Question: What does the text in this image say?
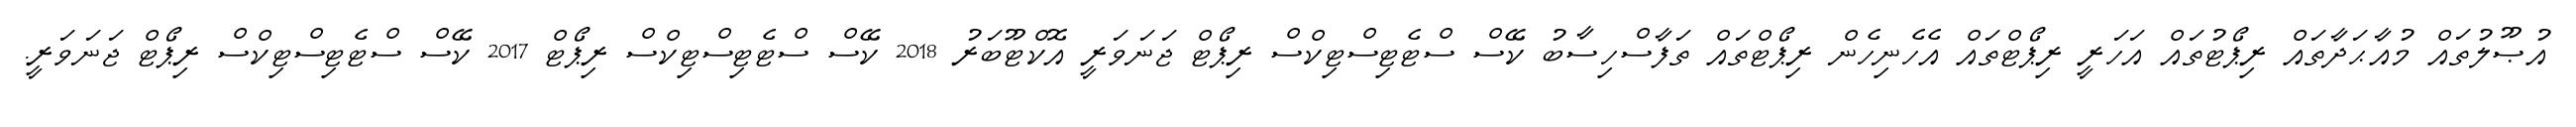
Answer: އުޞޫލުތައް މުއާޙަދާތައް ރިޕޯޓުތައް އަހަރީ ރިޕޯޓްތައް އެހެނިހެން ރިޕޯޓްތައް ތަފާސްހިސާބު ކޭސް ސްޓެޓިސްޓިކްސް ރިޕޯޓް ޖަނަވަރީ އޮކްޓޫބަރު 2018 ކޭސް ސްޓެޓިސްޓިކްސް ރިޕޯޓް 2017 ކޭސް ސްޓެޓިސްޓިކްސް ރިޕޯޓް ޖަނަވަރީ.